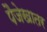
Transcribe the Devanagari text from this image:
पैजेखातर